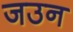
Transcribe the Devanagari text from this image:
जउन